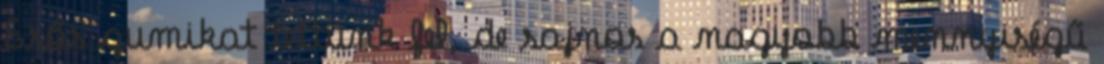
Esős gumikat tettünk fel, de sajnos a nagyobb mennyiségű